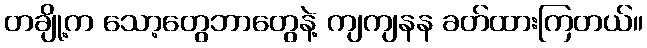
တချို့က သော့တွေဘာတွေနဲ့ ကျကျနန ခတ်ထားကြတယ်။